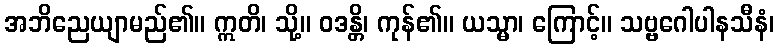
အဘိညေယျာမည်၏။ ဣတိ၊ သို့။ ဝဒန္တိ၊ ကုန်၏။ ယသ္မာ၊ ကြောင့်။ သဗ္ဗဂေါပါနသီနံ၊